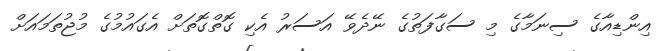
އިންޑިއާގެ ސިނަމާގެ މި ސަގާފަތުގެ ނޭދެވޭ އަސަރު އެކި ގޮތްގޮތަށް އެގައުމުގެ މުޖުތަމައަށް